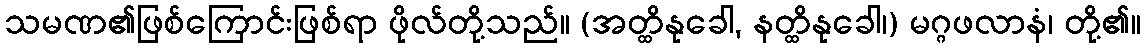
သမဏ၏ဖြစ်ကြောင်းဖြစ်ရာ ဖိုလ်တို့သည်။ (အတ္ထိနုခေါ, နတ္ထိနုခေါ၊) မဂ္ဂဖလာနံ၊ တို့၏။